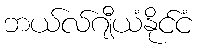
ဘယ်လ်ဂျီယံနိုင်ငံ